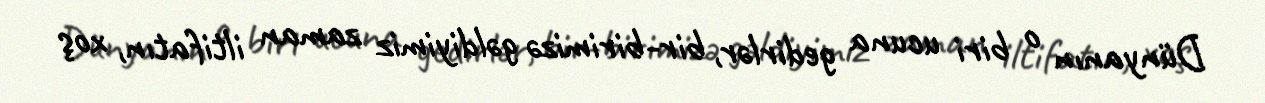
Dünyanın o biri ucuna gedirlər, bir-birimizə gəldiyimiz zaman iltifatın, xoş